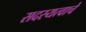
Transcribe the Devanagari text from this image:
सदस्यत्वाचे